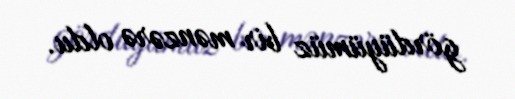
gördüyümüz bir mənzərə oldu.